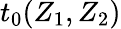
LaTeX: t_{0}(Z_{1},Z_{2})